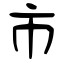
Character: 市